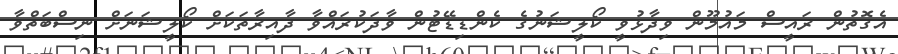
އެގޮތުން ރައީސް މައުމޫން ވިދާޅުވީ ކޯލީޝަނުގެ ކެންޑިޑޭޓުން ވާދަކުރައްވާ ދާއިރާތަކަށް ކޯލީޝަނަށް ނިސްބަތްވާ